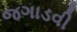
જગાડવી